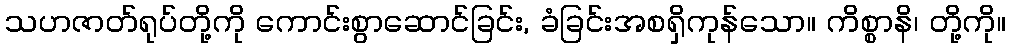
သဟဇာတ်ရုပ်တို့ကို ကောင်းစွာဆောင်ခြင်း, ခံခြင်းအစရှိကုန်သော။ ကိစ္စာနိ၊ တို့ကို။